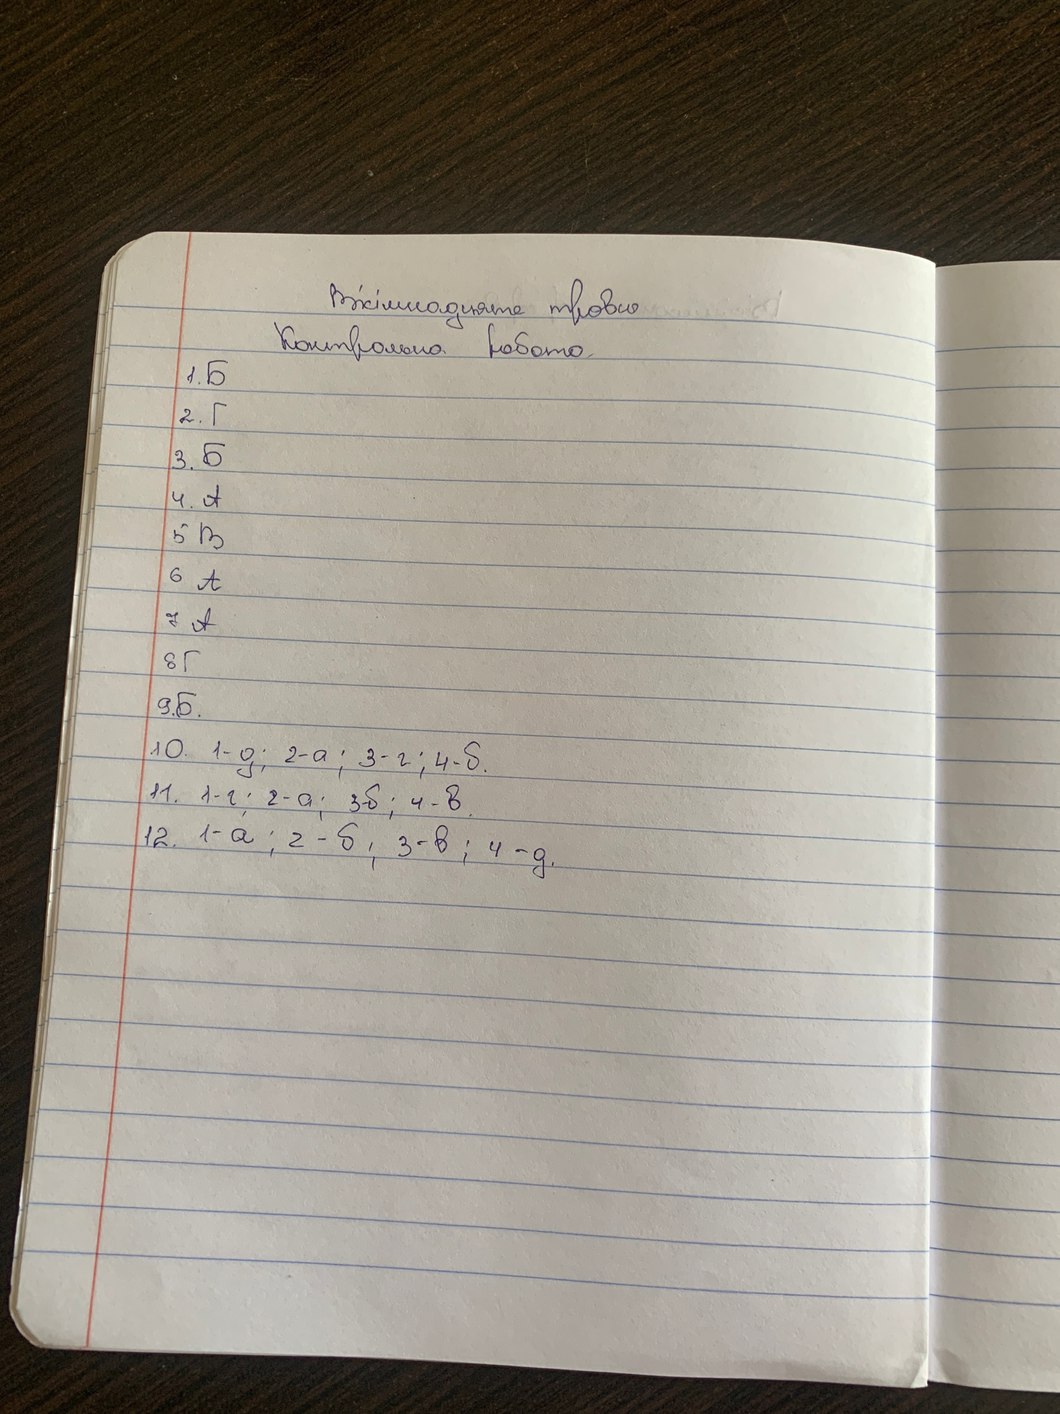
Вісімнадцяте травня
Контрольна робота
1. Б
2. Γ
3.Б
4. А
5. В
6 A
7 А
8 Г
9. Б.
10. 1-д; 2-а; 3-г; 4-б.
11. 1-г; 2-а; 3-б; 4-в.
1-a; 2-б; 3-в; 4-д.